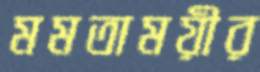
মমতাময়ীর